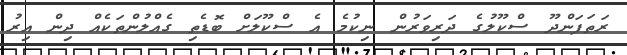
ރަތަފަންދޫ ސްކޫލުގެ ދަރިވަރުން ނިކުމެ އެ ސްކޫލަށް ބޮޑެތި ގެއްލުންތަކެއް ދިން އިރު